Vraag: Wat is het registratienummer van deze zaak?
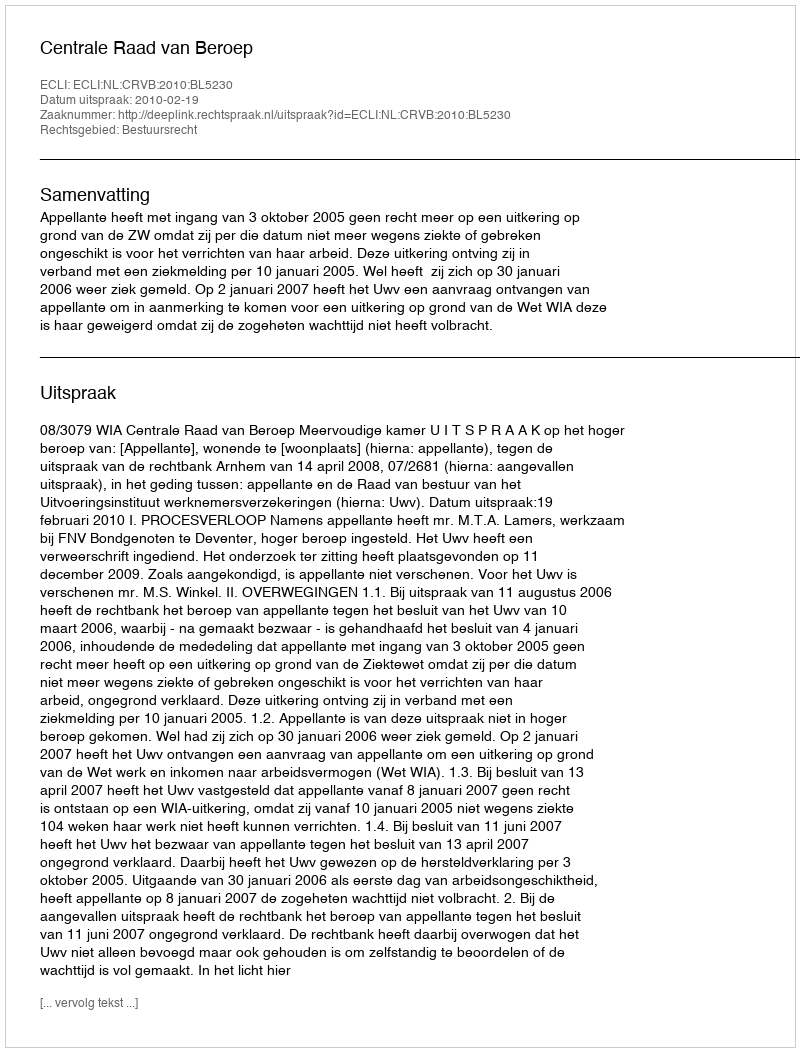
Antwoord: http://deeplink.rechtspraak.nl/uitspraak?id=ECLI:NL:CRVB:2010:BL5230